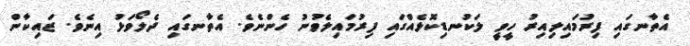
އެތާނގައި ފިރުމައިލިއިރު ހީވީ ލަކުނޑިކޮޅެއްގައި ފިރުމައިލެވުނު ހެންނެވެ. އެތާނގައި ދެލޯވަޅު އިނެވެ. ޒައިކާން